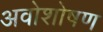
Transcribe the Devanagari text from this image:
अवोशोषण